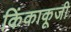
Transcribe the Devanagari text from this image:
किंकाकूजी